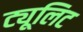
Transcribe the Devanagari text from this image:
ट्यूलिट